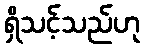
ရှိသင့်သည်ဟု